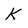
Character: K